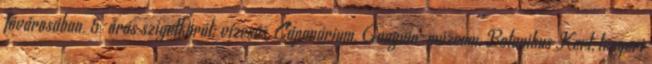
fővárosában. 5-órás szigetkörút: vízesés, Cápanárium, Gauguin-múzeum, Botanikus Kert, tengeri